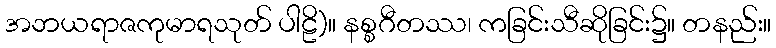
အဘယရာဇကုမာရသုတ် ပါဠိ)။ နစ္စဂီတဿ၊ ကခြင်းသီဆိုခြင်း၌။ တနည်း။